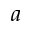
a